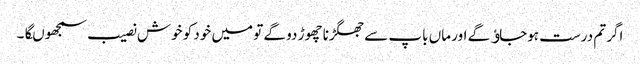
اگر تم درست ہوجاﺅگے اور ماں باپ سے جھگڑنا چھوڑ دو گے تو میں خود کو خوش نصیب سمجھوںگا۔